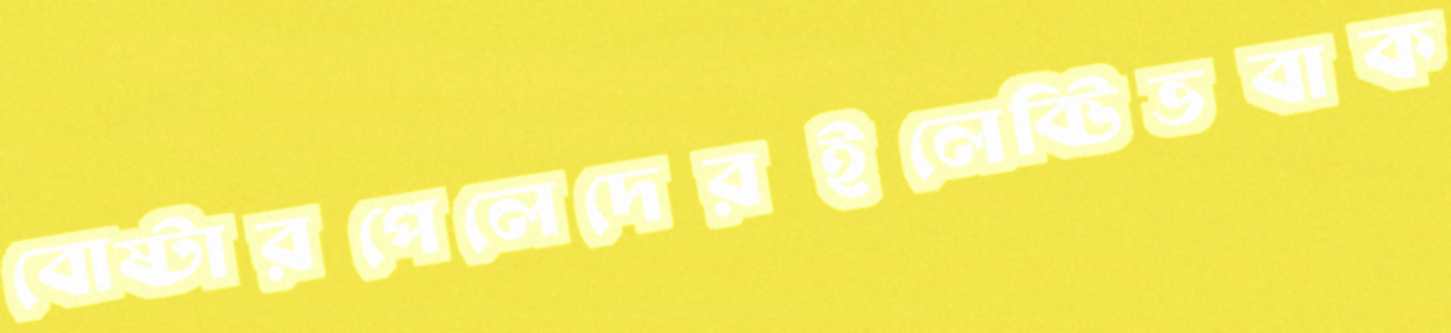
বোষ্টারপেলেদেরইলেক্টিভবাক